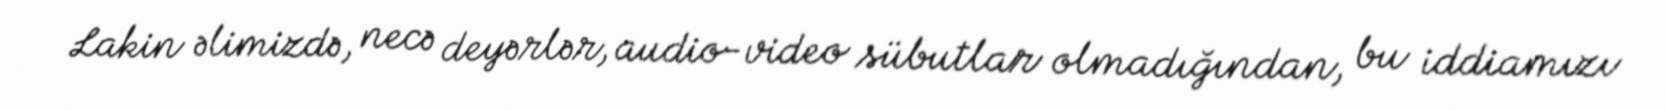
Lakin əlimizdə, necə deyərlər, audio-video sübutlar olmadığından, bu iddiamızı